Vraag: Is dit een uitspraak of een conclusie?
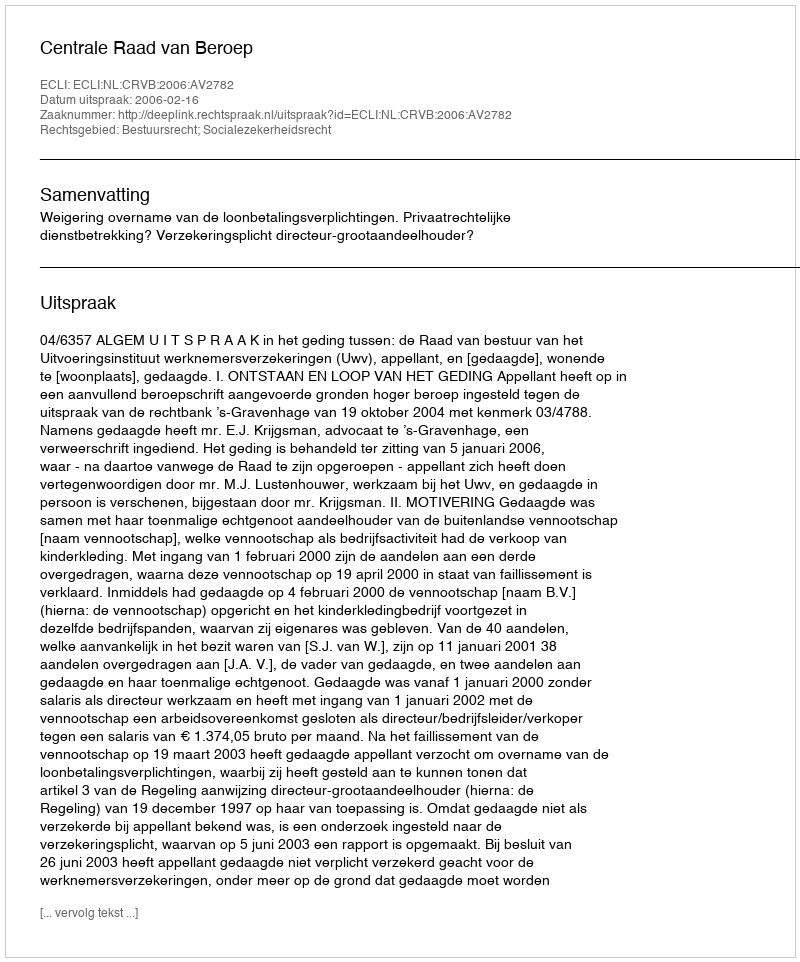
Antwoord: Uitspraak